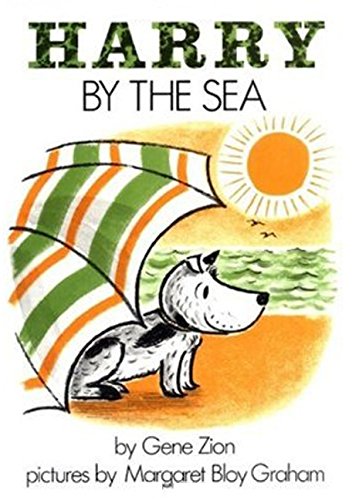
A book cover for Harry by the Sea; Gene Zion; Children's Books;